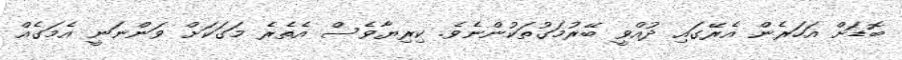
ބޮޑަށް އަހަރެން އެރޭގައި ދުއްވީ ބޭރުމަގުތަކުންނެވެ. ކިރިޔާވެސް އެތެރެ މަގަކަށް ވަންނަނީ އެމަގެއް